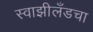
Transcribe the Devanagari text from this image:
स्वाझीलँडचा